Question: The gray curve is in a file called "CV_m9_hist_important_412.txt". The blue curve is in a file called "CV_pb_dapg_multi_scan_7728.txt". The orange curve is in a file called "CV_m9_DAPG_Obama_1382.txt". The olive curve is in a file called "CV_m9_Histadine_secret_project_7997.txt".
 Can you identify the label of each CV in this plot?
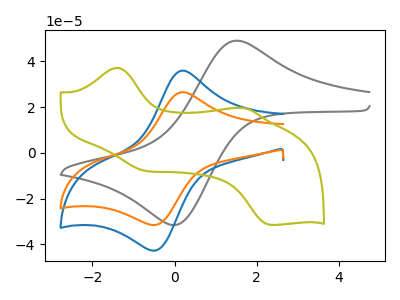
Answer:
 <answer>The gray curve is labeled "hist_m9". The blue curve is labeled "dapg_pb". The orange curve is labeled "DAPG_m9". The olive curve is labeled "Histadine_m9".</answer>
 <eval></eval>